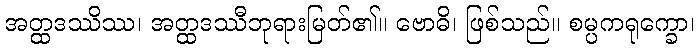
အတ္ထဒဿိဿ၊ အတ္ထဒဿီဘုရားမြတ်၏။ ဗောဓိ၊ ဖြစ်သည်။ စမ္ပကရုက္ခော၊